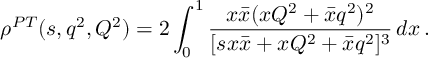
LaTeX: \rho ^ { P T } ( s , q ^ { 2 } , Q ^ { 2 } ) = 2 \int _ { 0 } ^ { 1 } \frac { x \bar { x } ( x Q ^ { 2 } + \bar { x } q ^ { 2 } ) ^ { 2 } } { [ s { x } \bar { x } + x Q ^ { 2 } + \bar { x } q ^ { 2 } ] ^ { 3 } } \, d x \, .